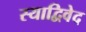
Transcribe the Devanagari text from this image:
स्याद्विवेद